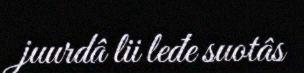
juurdâ lii leđe suotâs